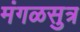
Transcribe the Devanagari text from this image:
मंगळसुत्र